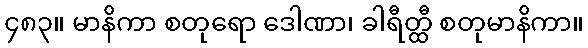
၄၈၃။ မာနိကာ စတုရော ဒေါဏာ၊ ခါရီတ္ထီ စတုမာနိကာ။